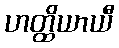
ဟတ္ထိယာယီ